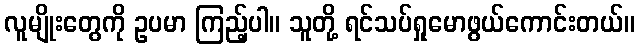
လူမျိုးတွေကို ဥပမာ ကြည့်ပါ။ သူတို့ ရင်သပ်ရှုမောဖွယ်ကောင်းတယ်။